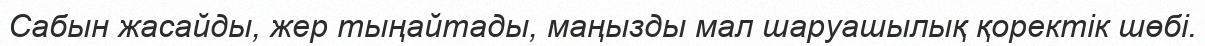
Сабын жасайды, жер тыңайтады, маңызды мал шаруашылық қоректік шөбі.